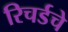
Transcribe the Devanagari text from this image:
रिचर्डचे